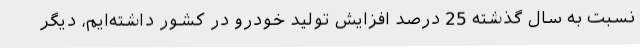
نسبت به سال گذشته 25 درصد افزایش تولید خودرو در کشور داشته‌ایم، دیگر